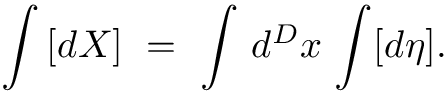
\int \, [ d X ] \, \, = \, \, \int \, d ^ { D } x \, \int [ d \eta ] .